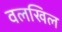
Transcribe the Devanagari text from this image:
वलखिल